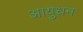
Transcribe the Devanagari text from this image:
आयुधन